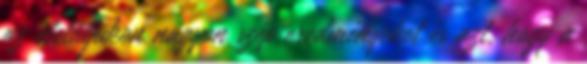
az életútjukon nagyon szép eredményeket és azt, hogy a